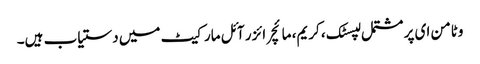
وٹامن ای پر مشتمل لپسٹک ، کریم، مائچر ائزر آئل مارکیٹ میں دستیاب ہیں۔